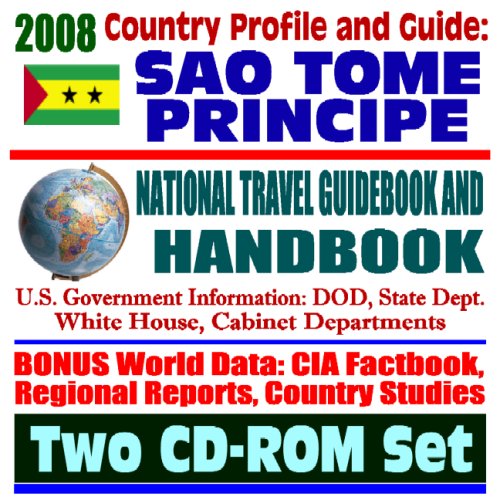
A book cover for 2008 Country Profile and Guide to Sao Tome and Principe - National Travel Guidebook and Handbook - U.S. Relations, Doing Business, Agriculture (Two CD-ROM Set); U.S. Government; Travel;